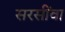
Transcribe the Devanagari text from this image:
सरसींवा